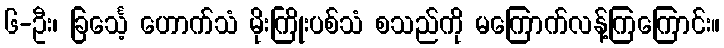
၆-ဦး၊ ခြင်္သေ့ ဟောက်သံ မိုးကြိုးပစ်သံ စသည်ကို မကြောက်လန့်ကြကြောင်း။